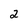
Character: 2